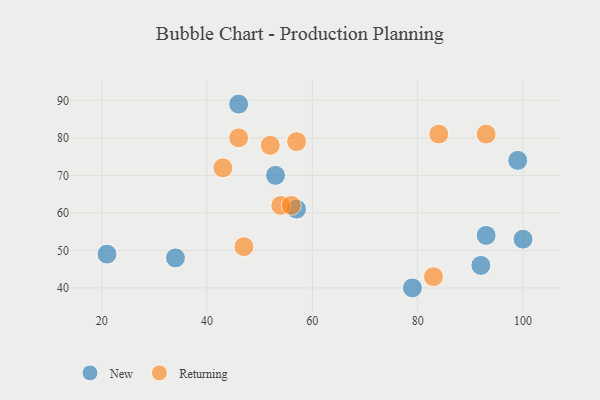
{"axis": {"x": "GDP", "y": "Life Expectancy"}, "legend": ["New", "Returning"], "data": [{"x": "99", "y": 74, "type": "New"}, {"x": "100", "y": 53, "type": "New"}, {"x": "92", "y": 46, "type": "New"}, {"x": "21", "y": 49, "type": "New"}, {"x": "46", "y": 89, "type": "New"}, {"x": "79", "y": 40, "type": "New"}, {"x": "93", "y": 54, "type": "New"}, {"x": "57", "y": 61, "type": "New"}, {"x": "34", "y": 48, "type": "New"}, {"x": "53", "y": 70, "type": "New"}, {"x": "54", "y": 62, "type": "Returning"}, {"x": "93", "y": 81, "type": "Returning"}, {"x": "56", "y": 62, "type": "Returning"}, {"x": "57", "y": 79, "type": "Returning"}, {"x": "84", "y": 81, "type": "Returning"}, {"x": "46", "y": 80, "type": "Returning"}, {"x": "47", "y": 51, "type": "Returning"}, {"x": "52", "y": 78, "type": "Returning"}, {"x": "83", "y": 43, "type": "Returning"}, {"x": "43", "y": 72, "type": "Returning"}]}